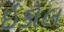
ઇકોલ